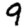
Digit: 9